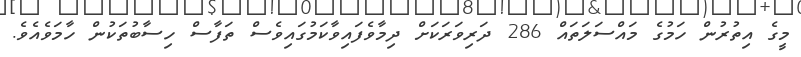
މީގެ އިތުރުން ހަމުގެ މައްސަލަތައް 286 ދަރިވަރަކަށް ދިމާވެފައިވާކަމުގައިވެސް ތަފާސް ހިސާބުތަކުން ހާމަވެއެވެ.